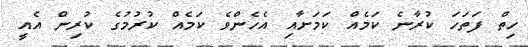
ހިތް ފަތަހަ ކުރާނެ ކަމެއް ކަމަށާއި އެހެންވެ ކަމެއް ކުރުމުގެ ކުރިން އެއީ